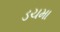
ડચમા